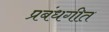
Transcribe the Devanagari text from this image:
प्रबंधगीत